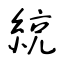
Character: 綂